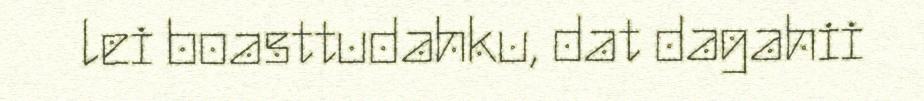
lei boasttudahku, dat dagahii